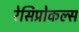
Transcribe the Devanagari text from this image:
रेसिप्रोकल्स